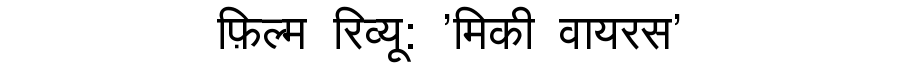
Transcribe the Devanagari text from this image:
फ़िल्म रिव्यू: 'मिकी वायरस'